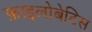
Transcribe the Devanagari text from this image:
फ़ाइलोबेटिस